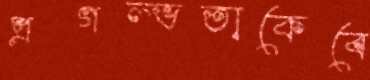
প্রগল্ভতাকেবে